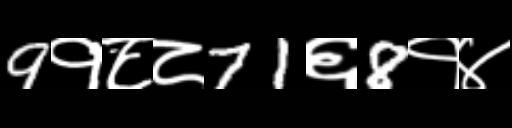
Text: 9१८८71६8१४